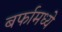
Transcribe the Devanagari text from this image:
बर्फामध्ये